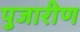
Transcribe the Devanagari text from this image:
पुजारीण